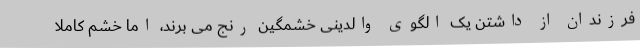
فرزندان از داشتن یک الگوی والدینی خشمگین رنج می برند، اما خشم کاملا